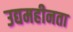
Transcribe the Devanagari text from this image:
उद्यमहीनता